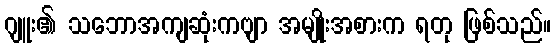
ဂျူး၏ သဘောအကျဆုံးကဗျာ အမျိုးအစားက ရတု ဖြစ်သည်။